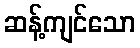
ဆန့်ကျင်သော